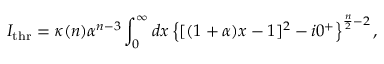
I _ { \mathrm { t h r } } = \kappa ( n ) \alpha ^ { n - 3 } \int _ { 0 } ^ { \infty } d x \left\{ [ ( 1 + \alpha ) x - 1 ] ^ { 2 } - i 0 ^ { + } \right\} ^ { \frac { n } { 2 } - 2 } ,